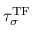
\tau _ { \sigma } ^ { \mathrm { T F } }